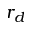
r _ { d }